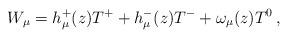
LaTeX: \begin{align*}W_\mu = h_{\mu}^+ (z) T^+ + h_{\mu}^- (z) T^- +\omega_\mu (z) T^0 \,,\end{align*}